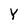
Character: Y